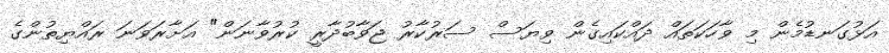
އަޅުގަނޑުމެން މި ވާހަކަތައް ދައްކައިގެން ވިޔަސް ސަރުކާރު ޖަވާބުދާރީ ކުރުވާނަން" އަށާރަވަނަ ރައްޔިތުންގެ